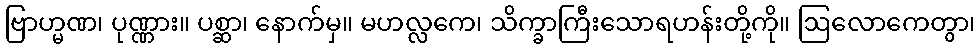
ဗြာဟ္မဏ၊ ပုဏ္ဏား။ ပစ္ဆာ၊ နောက်မှ။ မဟလ္လကေ၊ သိက္ခာကြီးသောရဟန်းတို့ကို။ ဩလောကေတွာ၊